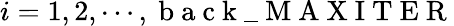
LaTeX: i=1,2,\cdots,\mathrm{~b~a~c~k~\_ ~M~A~X~I~T~E~R~}